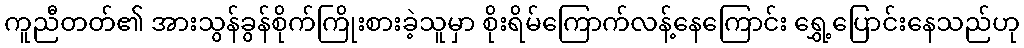
ကူညီတတ်၏ အားသွန်ခွန်စိုက်ကြိုးစားခဲ့သူမှာ စိုးရိမ်ကြောက်လန့်နေကြောင်း ရွှေ့ပြောင်းနေသည်ဟု